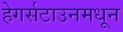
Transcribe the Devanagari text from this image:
हेगर्सटाउनमधून